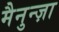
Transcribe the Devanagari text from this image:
मैनुन्ज़ा